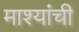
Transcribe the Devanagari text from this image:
माश्यांची